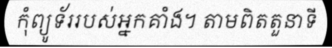
កុំព្យូទ័ររបស់អ្នកគាំង។ តាមពិតតួនាទី